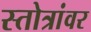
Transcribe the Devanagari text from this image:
स्तोत्रांवर